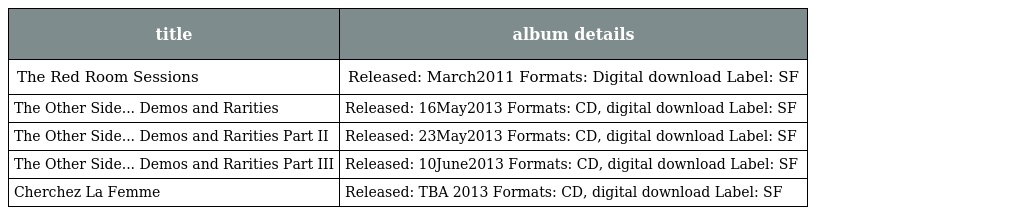
| title | album details |
 | --- | --- |
 | The Red Room Sessions | Released: March2011 Formats: Digital download Label: SF |
 | The Other Side... Demos and Rarities | Released: 16May2013 Formats: CD, digital download Label: SF |
 | The Other Side... Demos and Rarities Part II | Released: 23May2013 Formats: CD, digital download Label: SF |
 | The Other Side... Demos and Rarities Part III | Released: 10June2013 Formats: CD, digital download Label: SF |
 | Cherchez La Femme | Released: TBA 2013 Formats: CD, digital download Label: SF |